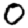
Digit: 0